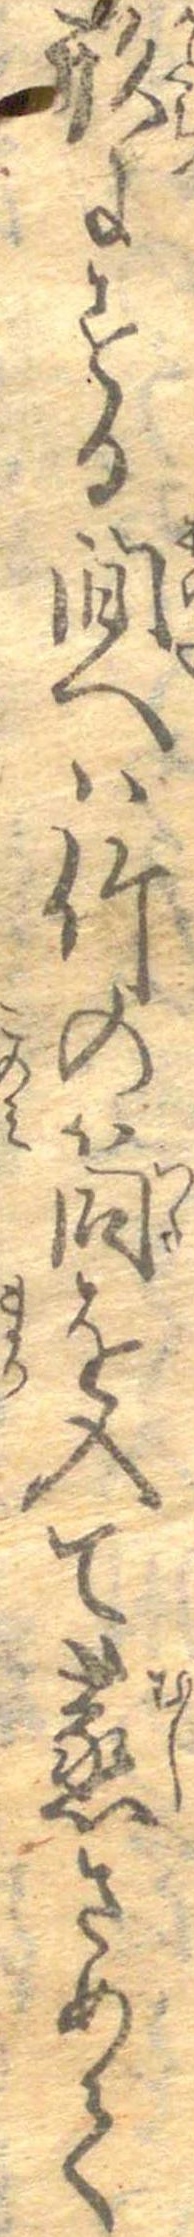
形にする間へは竹の筒を入て蒸さめて